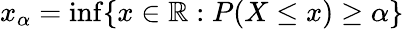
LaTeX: x_{\alpha}=\operatorname*{inf}\{ x\in\mathbb{R}:P(X\leq x)\geq\alpha\}